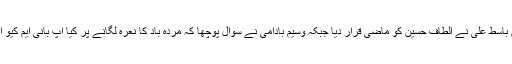
ایک سوال کے جواب میں باسط علی نے الطاف حسین کو ماضی قرار دیا جبکہ وسیم بادامی نے سوال پوچھا کہ مردہ باد کا نعرہ لگانے پر کیا آپ بانی ایم کیو ایم کو غدار سمجھتے ہیں؟